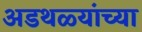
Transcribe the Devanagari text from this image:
अडथळ्यांच्या